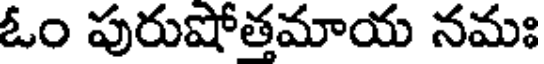
ఓం పురుషోత్తమాయ నమః